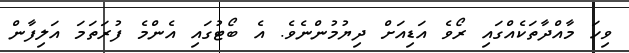
ވިހަ މާއްދާތަކެއްގައި ރޯވެ އަޑިއަށް ދިޔުމުންނެވެ. އެ ބޯޓުގައި އެންމެ ފުރަތަމަ އަލިފާން